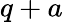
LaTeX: q+a